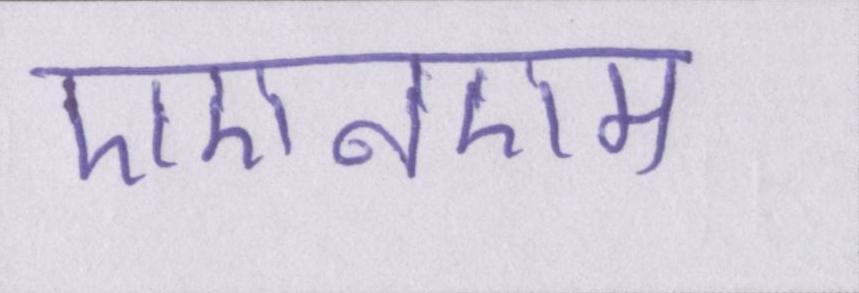
एएनएम